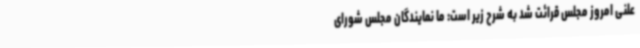
علنی امروز مجلس قرائت شد به شرح زیر است: ما نمایندگان مجلس شورای